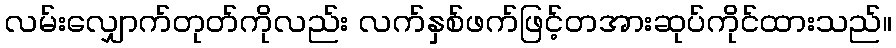
လမ်းလျှောက်တုတ်ကိုလည်း လက်နှစ်ဖက်ဖြင့်တအားဆုပ်ကိုင်ထားသည်။